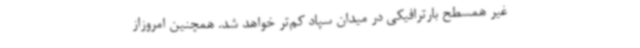
غیر همسطح بارترافیکی در میدان سپاد کم‌تر خواهد شد. همچنین امروزاز